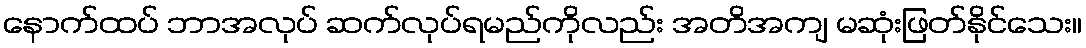
နောက်ထပ် ဘာအလုပ် ဆက်လုပ်ရမည်ကိုလည်း အတိအကျ မဆုံးဖြတ်နိုင်သေး။